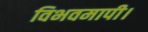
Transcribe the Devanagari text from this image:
विभवमापी।